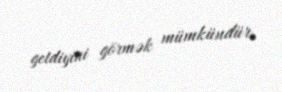
getdiyini görmək mümkündür.